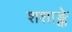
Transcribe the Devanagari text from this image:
शशाङ्के